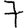
Digit: 7